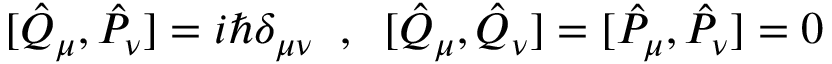
[ \hat { Q } _ { \mu } , \hat { P } _ { \nu } ] = i \hbar \delta _ { \mu \nu } \; \; , \; \; [ \hat { Q } _ { \mu } , \hat { Q } _ { \nu } ] = [ \hat { P } _ { \mu } , \hat { P } _ { \nu } ] = 0